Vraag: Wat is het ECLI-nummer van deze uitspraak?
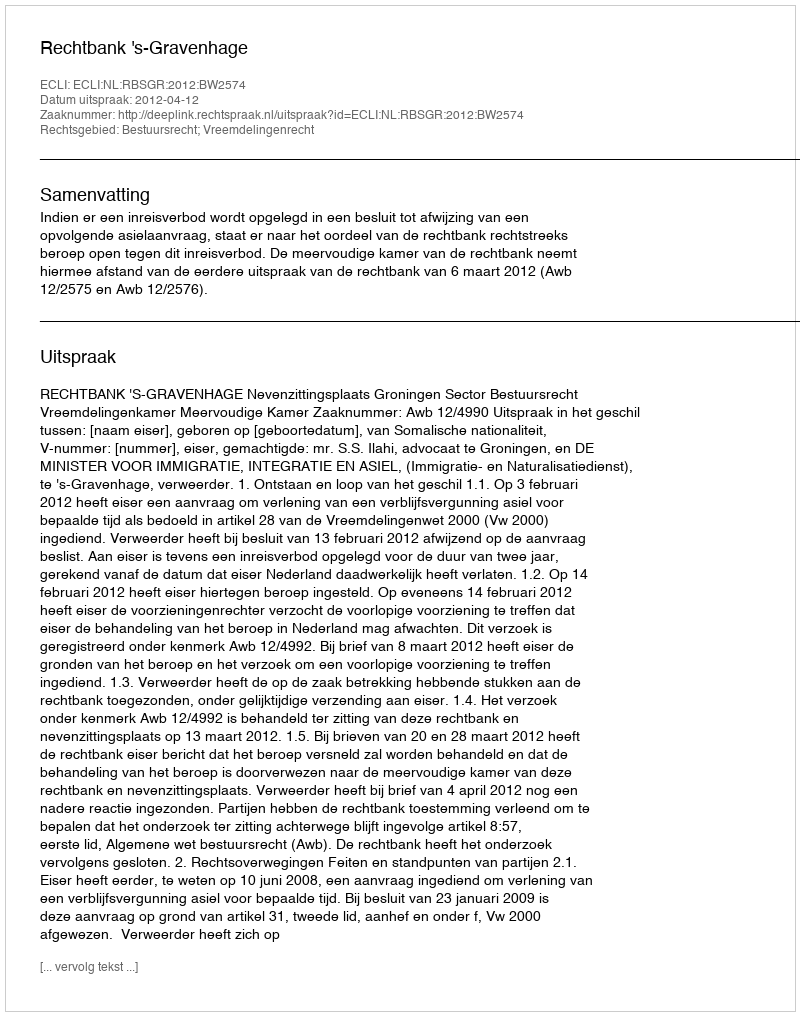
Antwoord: ECLI:NL:RBSGR:2012:BW2574